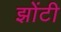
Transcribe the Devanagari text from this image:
झोंटी